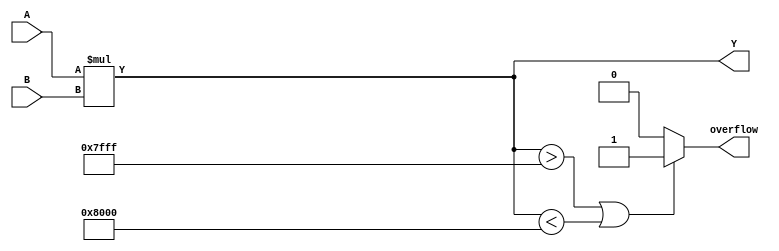
module ParamMultiplier #(
    parameter WIDTH_A = 8,  // Width of input A
    parameter WIDTH_B = 8   // Width of input B
)(
    input  signed [WIDTH_A-1:0] A,  // Input operand A
    input  signed [WIDTH_B-1:0] B,  // Input operand B
    output signed [WIDTH_A+WIDTH_B-1:0] Y, // Output product
    output reg overflow // Overflow flag
);

    // Calculate product
    assign Y = A * B;

    // Check for overflow
    always @(*) begin
        // Check if the product exceeds the maximum value representable by Y
        if (Y > (1'b1 << (WIDTH_A + WIDTH_B - 1)) - 1 || Y < -(1'b1 << (WIDTH_A + WIDTH_B - 1))) begin
            overflow = 1'b1; // Set overflow if out of range
        end else begin
            overflow = 1'b0; // No overflow
        end
    end
endmodule